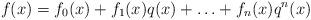
LaTeX: \begin{align*}f(x)=f_0(x)+f_1(x)q(x)+\ldots+f_n(x)q^n(x)\end{align*}